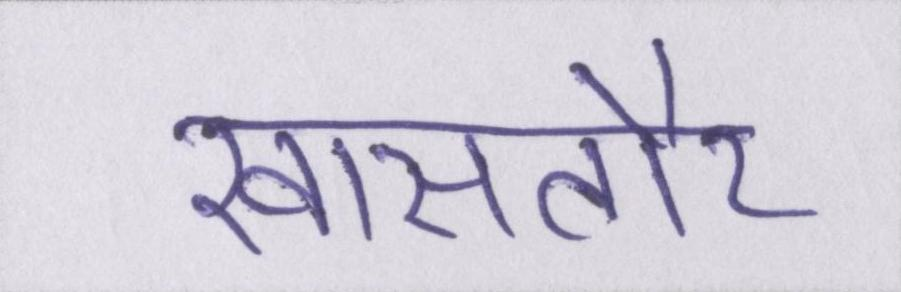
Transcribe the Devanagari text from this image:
खासतौर